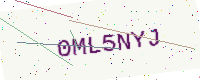
Text: 0ML5NYJ